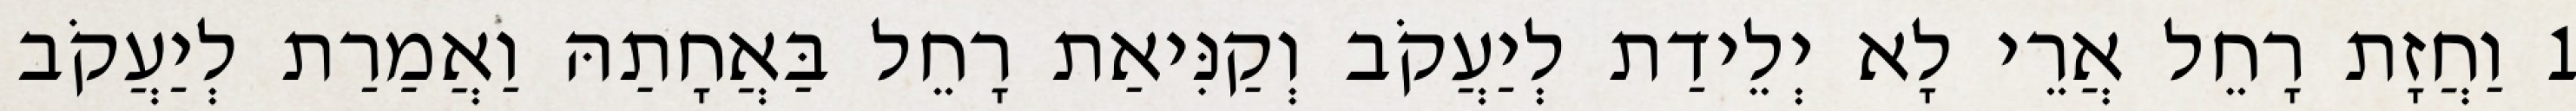
1 וַחֲזָת רָחֵל אֲרֵי לָא יְלֵידַת לְיַעֲקֹב וְקַנִּיאַת רָחֵל בַּאֲחָתַהּ וַאֲמַרַת לְיַעֲקֹב